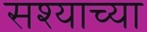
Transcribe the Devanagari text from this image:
सश्याच्या